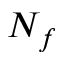
N _ { f }